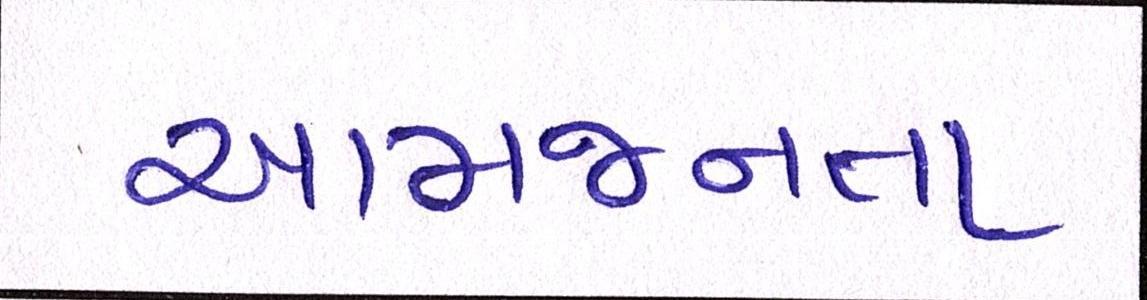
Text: આમજનતા